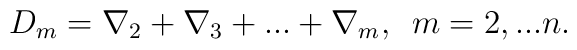
D_{m}=\nabla _{2}+\nabla _{3}+...+\nabla _{m},    \,\,\,m=2,...n.